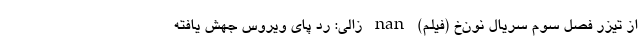
از تیزر فصل سوم سریال نون‌خ (فیلم) nan زالی: رد پای ویروس جهش یافته